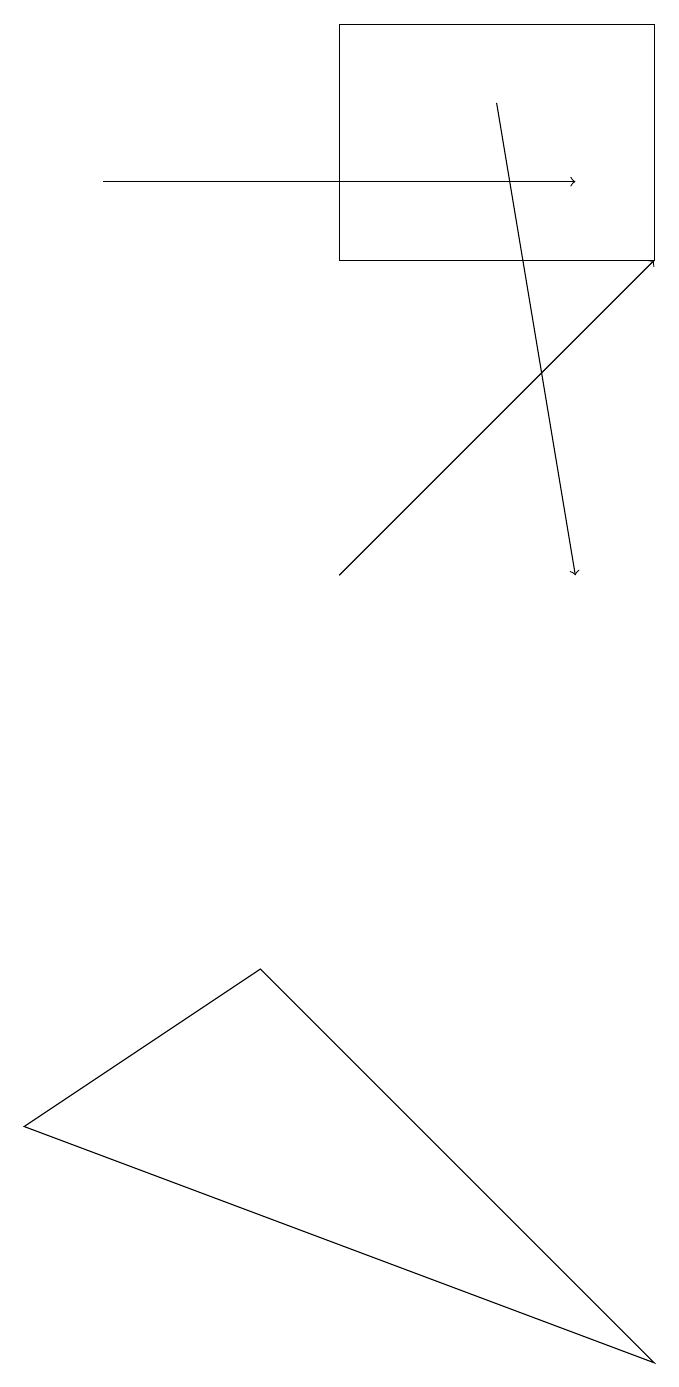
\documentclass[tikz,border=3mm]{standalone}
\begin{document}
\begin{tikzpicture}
\draw[->] (5,10) -- (9,14);
\draw (1,3) -- (9,0) -- (4,5) -- cycle;
\draw[->] (2,15) -- (8,15);
\draw[->] (7,16) -- (8,10);
\draw (9,17) rectangle (5,14);
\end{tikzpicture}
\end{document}